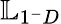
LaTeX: \mathbb{L}_{1^{-}D}